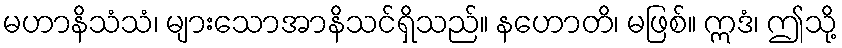
မဟာနိသံသံ၊ များသောအာနိသင်ရှိသည်။ နဟောတိ၊ မဖြစ်။ ဣဒံ၊ ဤသို့